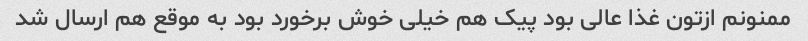
ممنونم ازتون غذا عالی بود پیک هم خیلی خوش برخورد بود به موقع هم ارسال شد